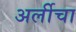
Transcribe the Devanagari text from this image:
अर्लीचा